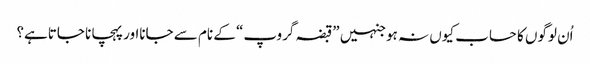
اُن لوگوں کا حساب کیوں نہ ہوجنہیں ”قبضہ گروپ“ کے نام سے جانااور پہچانا جاتاہے؟